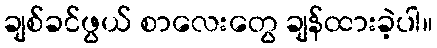
ချစ်ခင်ဖွယ် စာလေးတွေ ချန်ထားခဲ့ပါ။